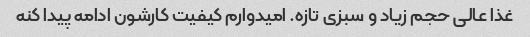
غذا عالی حجم زیاد و سبزی تازه. امیدوارم کیفیت کارشون ادامه پیدا کنه